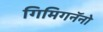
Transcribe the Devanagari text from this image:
गिमिगनॅनो